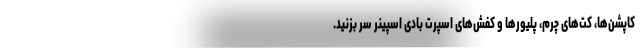
کاپشن‌ها، کت‌های چرم، پلیورها و کفش‌های اسپرت بادی اسپینر سر بزنید.